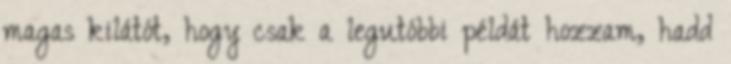
magas kilátót, hogy csak a legutóbbi példát hozzam, hadd